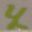
પૂ